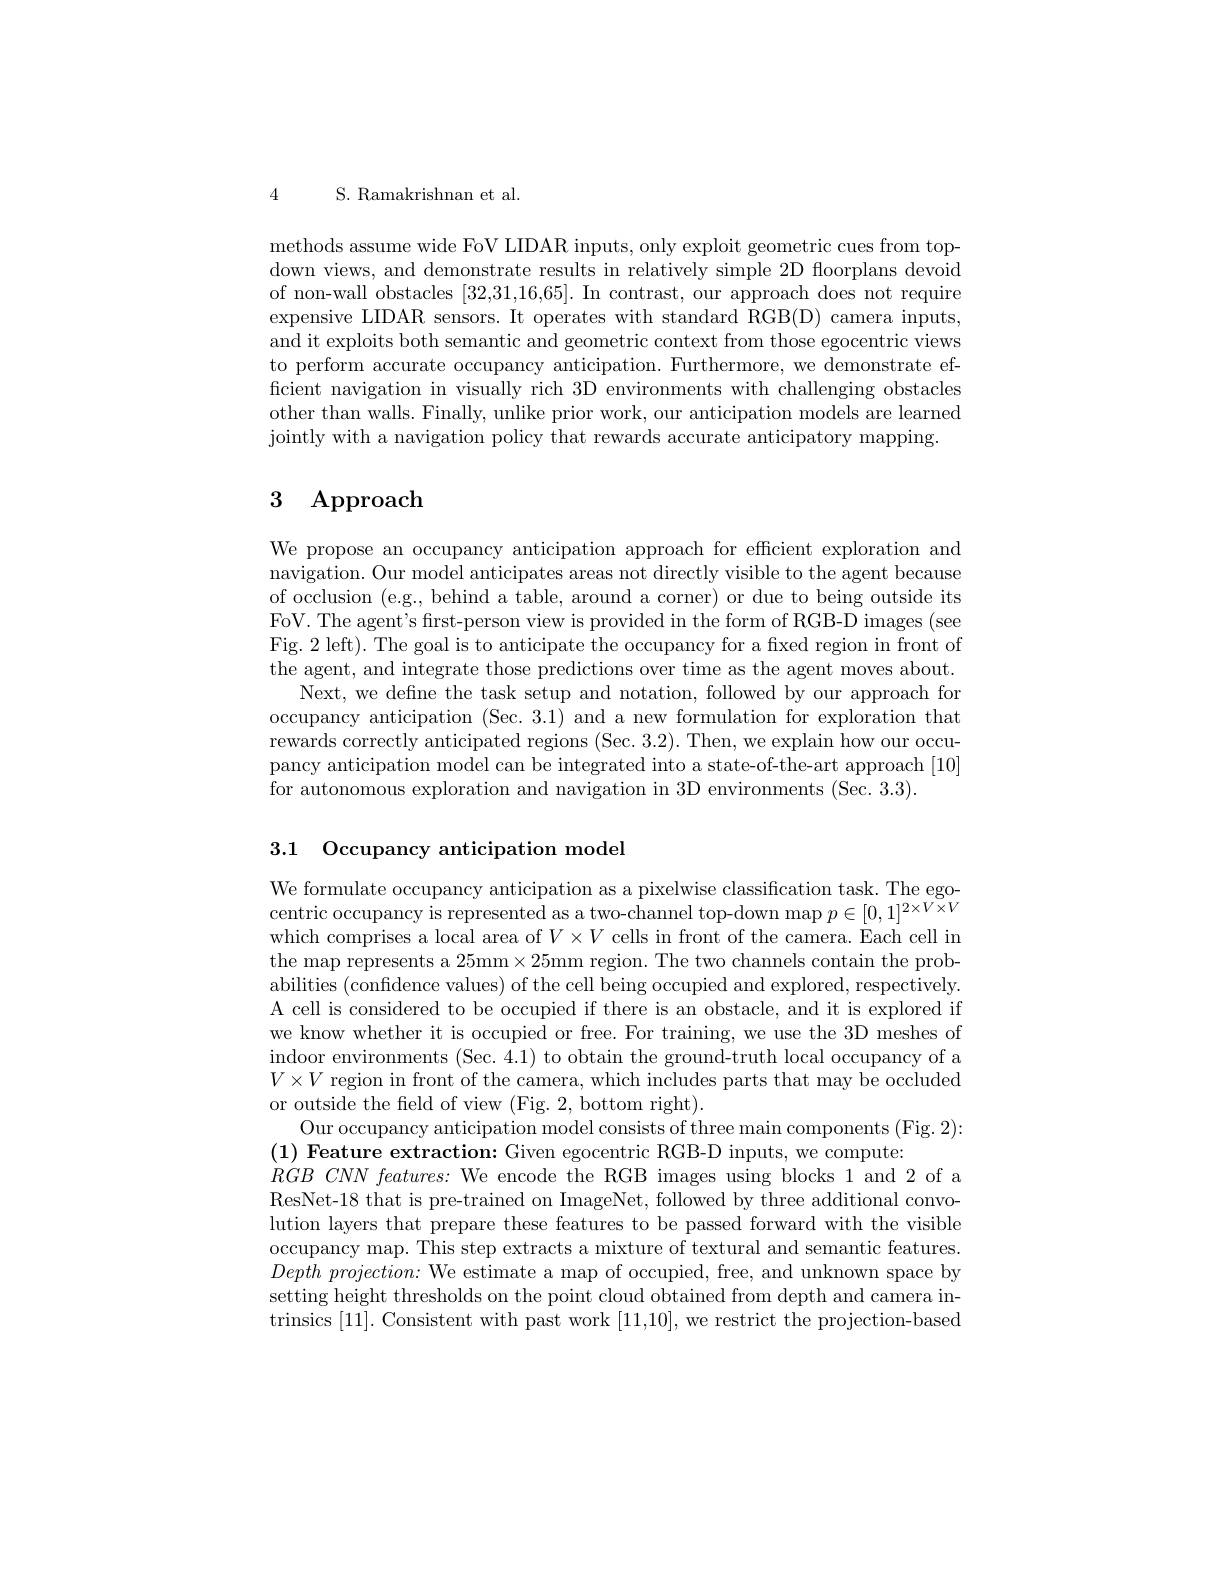
4 S. Ramakrishnan et al.

methods assume wide FoV LIDAR inputs, only exploit geometric cues from topdown views, and demonstrate results in relatively simple 2D floorplans devoid of non-wall obstacles [32,31,16,65]. In contrast, our approach does not require expensive LIDAR sensors. It operates with standard RGB(D) camera inputs, and it exploits both semantic and geometric context from those egocentric views to perform accurate occupancy anticipation. Furthermore, we demonstrate efficient navigation in visually rich 3D environments with challenging obstacles other than walls. Finally, unlike prior work, our anticipation models are learned jointly with a navigation policy that rewards accurate anticipatory mapping

# 3 Approach

We propose an occupancy anticipation approach for efficient exploration and navigation. Our model anticipates areas not directly visible to the agent because of occlusion (e.g., behind a table, around a corner) or due to being outside its FoV. The agent's first-person view is provided in the form of RGB-D images (see Fig. 2 left). The goal is to anticipate the occupancy for a fixed region in front of the agent, and integrate those predictions over time as the agent moves about.
Next, we define the task setup and notation, followed by our approach for occupancy anticipation (Sec. 3.1) and a new formulation for exploration that rewards correctly anticipated regions (Sec.3.2). Then, we explain how our occupancy anticipation model can be integrated into a state-of-the-art approach [10] for autonomous exploration and navigation in 3D environments (Sec. 3.3).

3.1 Occupancy anticipation model

We formulate occupancy anticipation as a pixelwise classification task. The egocentric occupancy is represented as a two-channel top-down map $p\in[0,1]^{2\times V\times V}$ which comprises a local area of $V\times V$ cells in front of the camera. Each cell in the map represents a 25mm$\times25$mm region. The two channels contain the probabilities (confidence values) of the cell being occupied and explored, respectively. A cell is considered to be occupied if there is an obstacle, and it is explored if we know whether it is occupied or free. For training, we use the 3D meshes of indoor environments (Sec. 4.1) to obtain the ground-truth local occupancy of a $V\times V$ region in front of the camera, which includes parts that may be occluded or outside the field of view (Fig. 2, bottom right).
Our occupancy anticipation model consists of three main components (Fig. 2):
$( 1) \textbf{ Feature extraction: Given egocentric RGB- D inputs, we compute: }$
$RGB\textit{ CNN features: We encode the RGB images using blocks 1 and 2 of a}$ ResNet-18 that is pre-trained on ImageNet, followed by three additional convolution layers that prepare these features to be passed forward with the visible occupancy map. This step extracts a mixture of textural and semantic features. $Depth~projection:$ We estimate a map of occupied, free, and unknown space by setting height thresholds on the point cloud obtained from depth and camera intrinsics [11]. Consistent with past work [11,10],we restrict the projection-based